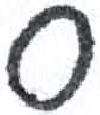
אות: ס